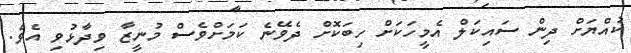
ކުއްޔަށް ދިން ސައިކަލް އެމީހަކަށް ހިބަކޮށް ދެވޭނެ ކަމަށްވެސް މުނީޒާ ވިދާޅުވި އެވެ.